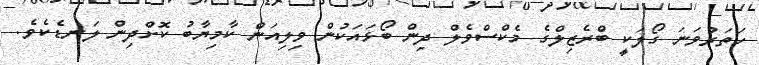
ހަތަރުވަނަ ގޯލަކީ ބްރެޒިލްގެ މެކްސްވެލް ދިން ބޯޅައަކުން ވިލިއަން ކާމިޔާބު ކޮށްދިން ލަނޑެކެވެ.